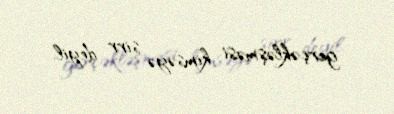
gerçəkləşməsi kimsəyə sirr deyil.